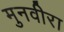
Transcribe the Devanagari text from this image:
मुनवीरा